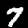
Digit: 7